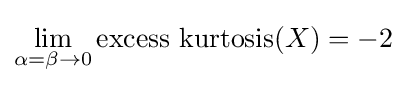
\lim _{\alpha =\beta \to 0}\operatorname {excess\ kurtosis} (X)=-2